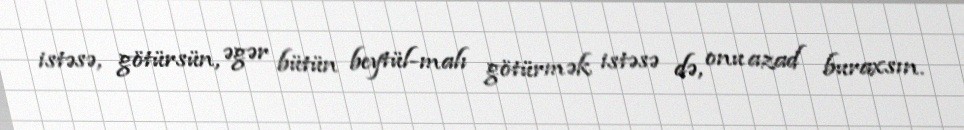
istəsə, götürsün, əgər bütün beytül-malı götürmək istəsə də, onu azad buraxsın.